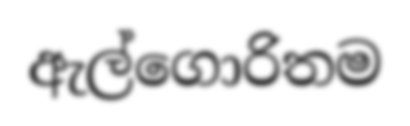
ඇල්ගොරිතම